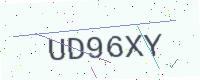
Text: UD96XY